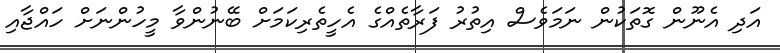
އަދި އެނޫން ގޮތަކުން ނަމަވެސް އިތުރު ފަރާތެއްގެ އެހީތެރިކަމަށް ބޭނުންވާ މީހުންނަށް ހައްޖާއި